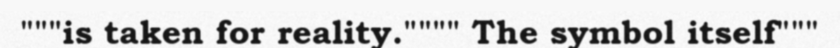
"""is taken for reality."""" The symbol itself"""